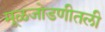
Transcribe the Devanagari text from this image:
मूळजोडणीतली